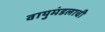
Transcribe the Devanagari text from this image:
वायुमंडलाची